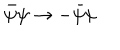
\bar { \psi } \psi \to - \bar { \psi } \psi